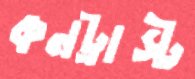
কনট্রাস্ট